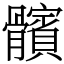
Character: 髕